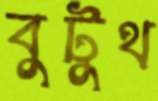
বুটুথ